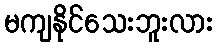
မကျနိုင်သေးဘူးလား